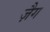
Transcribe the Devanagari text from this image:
ज़ैग